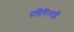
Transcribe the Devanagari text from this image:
पन्नियिनपल्ली